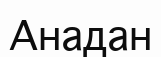
Анадан